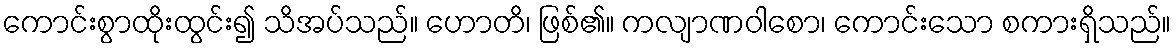
ကောင်းစွာထိုးထွင်း၍ သိအပ်သည်။ ဟောတိ၊ ဖြစ်၏။ ကလျာဏဝါစော၊ ကောင်းသော စကားရှိသည်။